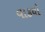
વાકયો